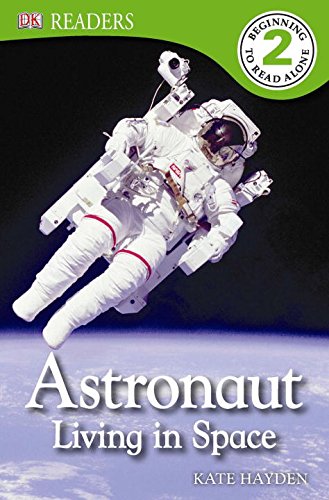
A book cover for DK Readers L2: Astronaut: Living in Space; Deborah Lock; Children's Books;